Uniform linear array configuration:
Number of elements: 16
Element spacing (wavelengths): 1
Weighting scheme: cosine
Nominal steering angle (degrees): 30
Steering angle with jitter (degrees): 31.745
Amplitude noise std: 0.05
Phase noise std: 0.05

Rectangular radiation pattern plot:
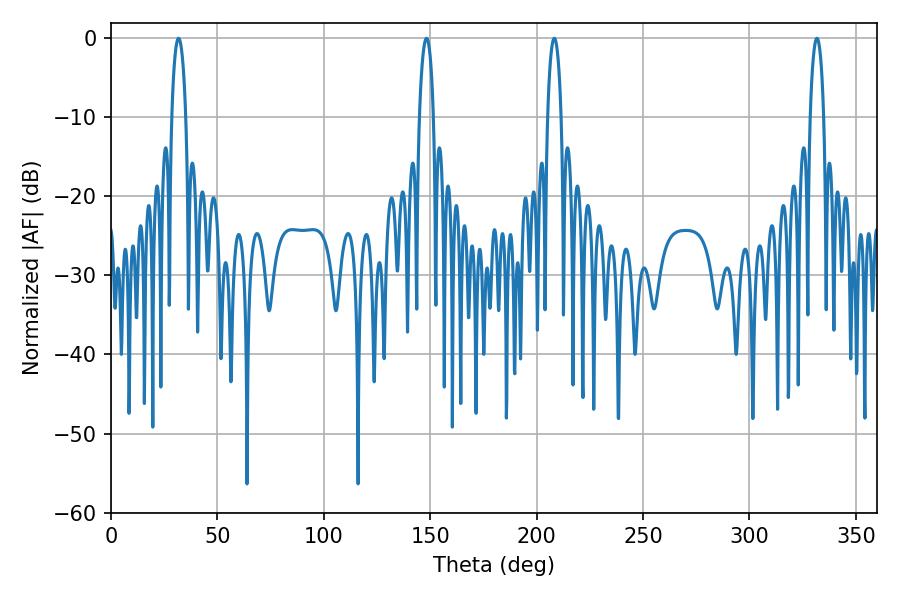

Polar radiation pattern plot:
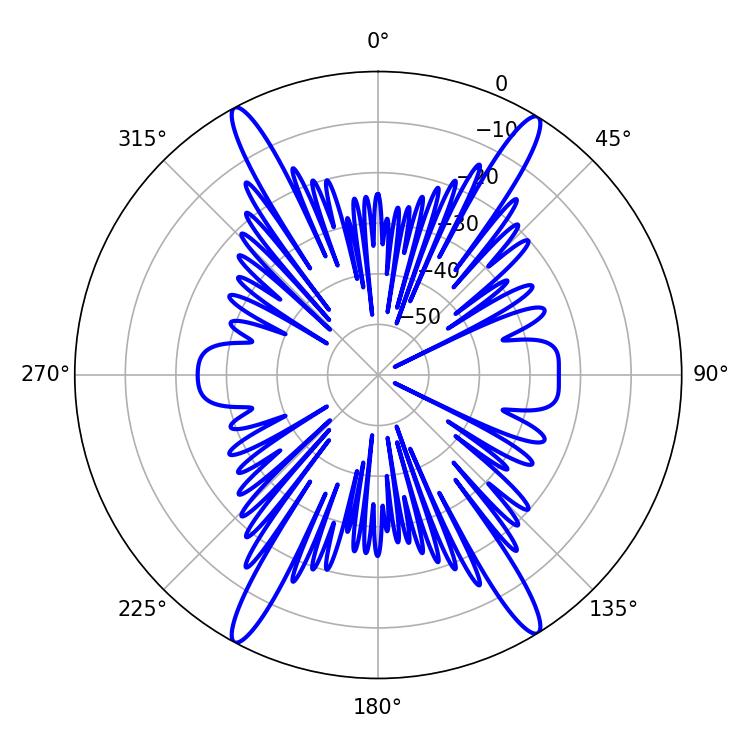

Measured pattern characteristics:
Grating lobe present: TRUE
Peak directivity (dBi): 22.839
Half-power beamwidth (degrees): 3.6
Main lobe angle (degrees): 208.26